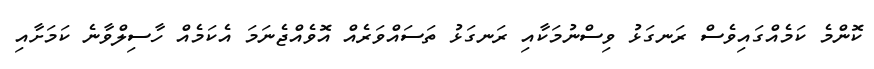
ކޮންމެ ކަމެއްގައިވެސް ރަނގަޅު ވިސްނުމަކާއި ރަނގަޅު ތަސައްވަރެއް އޮވެއްޖެނަމަ އެކަމެއް ހާސިލްވާނެ ކަމަށާއި